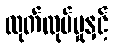
ထုတ်လုပ်မှုနှင့်